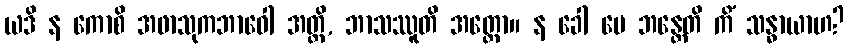
ယဒိ န ကောစိ အဖာသုကဘာဝေါ အတ္ထိ, ဘာသဿူတိ အတ္ထော။ န ခေါ မေ ဘန္တေတိ ကိံ သန္ဓာယာဟ?